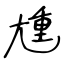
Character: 尰